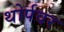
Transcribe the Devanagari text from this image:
थोर्पवर